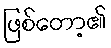
ဖြစ်တော့၏